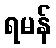
ရမန်